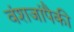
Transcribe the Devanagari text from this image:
वंशजांपैकी